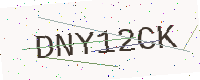
Text: DNY12CK